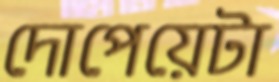
দোপেয়েটা